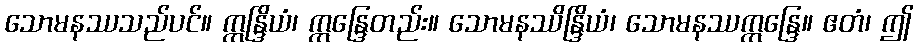
သောမနဿသည်ပင်။ ဣန္ဒြိယံ၊ ဣန္ဒြေတည်း။ သောမနဿိန္ဒြိယံ၊ သောမနဿဣန္ဒြေ။ ဧတံ၊ ဤ